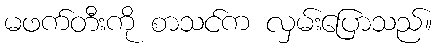
မဖက်တီးကို စာသင်က လှမ်းပြောသည်။